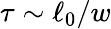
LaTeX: \tau\sim\ell_{0}/w